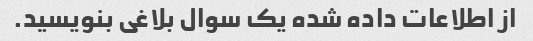
از اطلاعات داده شده یک سوال بلاغی بنویسید.